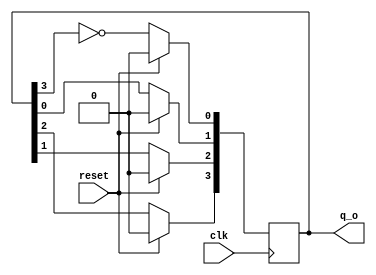
// Code your design here
module day6(
  input wire clk,
  input wire reset,
  output reg[3:0] q_o
);
  
  always@(posedge clk)
    begin
      if(reset)
        q_o <= 4'b0000;
      else
        begin
          q_o[0]<= ~(q_o[3]);
          q_o[1]<= q_o[0];
          q_o[2]<= q_o[1];
          q_o[3]<= q_o[2];
        end
    end
endmodule